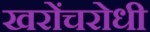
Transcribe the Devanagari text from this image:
खरोंचरोधी